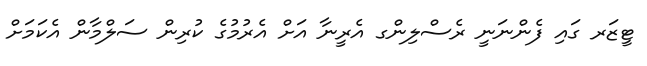
ޓީޒަރ ގައި ފެންނަނީ ރެސްލިންގ އެރީނާ އަށް އެރުމުގެ ކުރިން ސަލްމާން އެކަމަށް